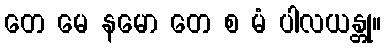
တေ မေ နမော တေ စ မံ ပါလယန္တု။